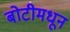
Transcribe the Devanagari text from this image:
बोटीमधून